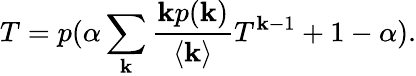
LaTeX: T=p(\alpha\sum_{\mathbf{k}}\frac{{\mathbf{k}p(\mathbf{k})}}{{\langle\mathbf{k}\rangle}}T^{\mathbf{k}-1}+1-\alpha).